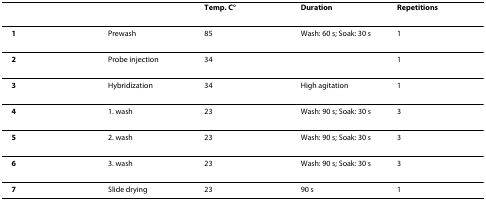
<table><thead><tr><td></td><td></td><td><b>Temp. C°</b></td><td><b>Duration</b></td><td><b>Repetitions</b></td></tr></thead><tbody><tr><td><b>1</b></td><td>Prewash</td><td>85</td><td>Wash: 60 s; Soak: 30 s</td><td>1</td></tr><tr><td><b>2</b></td><td>Probe injection</td><td>34</td><td></td><td>1</td></tr><tr><td><b>3</b></td><td>Hybridization</td><td>34</td><td>High agitation</td><td>1</td></tr><tr><td><b>4</b></td><td>1. wash</td><td>23</td><td>Wash: 90 s; Soak: 30 s</td><td>3</td></tr><tr><td><b>5</b></td><td>2. wash</td><td>23</td><td>Wash: 90 s; Soak: 30 s</td><td>3</td></tr><tr><td><b>6</b></td><td>3. wash</td><td>23</td><td>Wash: 90 s; Soak: 30 s</td><td>3</td></tr><tr><td><b>7</b></td><td>Slide drying</td><td>23</td><td>90 s</td><td>1</td></tr></tbody></table>